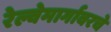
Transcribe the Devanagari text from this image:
रेल्वेमार्गावरचे